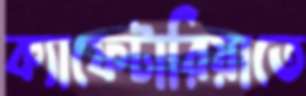
ক্যাফেটারিয়াতে